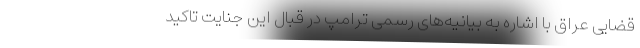
قضایی عراق با اشاره به بیانیه‌های رسمی ترامپ در قبال این جنایت تاکید